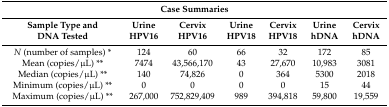
<table><thead><tr><td colspan="7"><b>Case Summaries</b></td></tr><tr><td><b>Sample Type and DNA Tested</b></td><td><b>Urine HPV16</b></td><td><b>Cervix HPV16</b></td><td><b>Urine HPV18</b></td><td><b>Cervix HPV18</b></td><td><b>Urine hDNA</b></td><td><b>Cervix hDNA</b></td></tr></thead><tbody><tr><td><i>N</i> (number of samples) *</td><td>124</td><td>60</td><td>66</td><td>32</td><td>172</td><td>85</td></tr><tr><td>Mean (copies/μL) **</td><td>7474</td><td>43,566,170</td><td>43</td><td>27,670</td><td>10,983</td><td>3081</td></tr><tr><td>Median (copies/μL) **</td><td>140</td><td>74,826</td><td>0</td><td>364</td><td>5300</td><td>2018</td></tr><tr><td>Minimum (copies/μL) **</td><td>0</td><td>0</td><td>0</td><td>0</td><td>15</td><td>44</td></tr><tr><td>Maximum (copies/μL) **</td><td>267,000</td><td>752,829,409</td><td>989</td><td>394,818</td><td>59,800</td><td>19,559</td></tr></tbody></table>